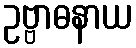
ဥဗ္ဗာဓနာယ